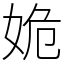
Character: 姽